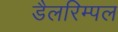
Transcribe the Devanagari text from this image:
डैलरिम्पल